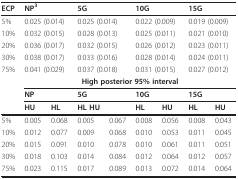
| ECP | <COLSPAN=2> NP3 | <COLSPAN=2> 5G | <COLSPAN=2> 10G | <COLSPAN=2> 15G |
 | --- | --- | --- | --- | --- | --- | --- | --- | --- |
 | 5% | <COLSPAN=2> 0.025 (0.014) | <COLSPAN=2> 0.025 (0.014) | <COLSPAN=2> 0.022 (0.009) | <COLSPAN=2> 0.019 (0.009) |
 | 10% | <COLSPAN=2> 0.032 (0.015) | <COLSPAN=2> 0.028 (0.013) | <COLSPAN=2> 0.025 (0.011) | <COLSPAN=2> 0.021 (0.010) |
 | 20% | <COLSPAN=2> 0.036 (0.017) | <COLSPAN=2> 0.032 (0.015) | <COLSPAN=2> 0.026 (0.012) | <COLSPAN=2> 0.023 (0.011) |
 | 30% | <COLSPAN=2> 0.038 (0.017) | <COLSPAN=2> 0.033 (0.016) | <COLSPAN=2> 0.028 (0.014) | <COLSPAN=2> 0.024 (0.011) |
 | 75% | <COLSPAN=2> 0.041 (0.029) | <COLSPAN=2> 0.037 (0.018) | <COLSPAN=2> 0.031 (0.015) | <COLSPAN=2> 0.027 (0.012) |
 |  | <COLSPAN=8> High posterior 95% interval |
 |  | <COLSPAN=2> NP | <COLSPAN=2> 5G | <COLSPAN=2> 10G | <COLSPAN=2> 15G |
 |  | HU | HL | HL HU |  | HL | HU | HL | HU |
 | 5% | 0.005 | 0.068 | 0.005 | 0.067 | 0.008 | 0.056 | 0.008 | 0.043 |
 | 10% | 0.012 | 0.077 | 0.009 | 0.068 | 0.010 | 0.053 | 0.011 | 0.045 |
 | 20% | 0.015 | 0.091 | 0.010 | 0.078 | 0.010 | 0.061 | 0.011 | 0.051 |
 | 30% | 0.018 | 0.103 | 0.014 | 0.084 | 0.012 | 0.064 | 0.012 | 0.057 |
 | 75% | 0.023 | 0.115 | 0.017 | 0.089 | 0.013 | 0.072 | 0.014 | 0.064 |